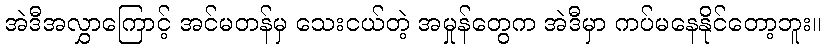
အဲဒီအလွှာကြောင့် အင်မတန်မှ သေးငယ်တဲ့ အမှုန်တွေက အဲဒီမှာ ကပ်မနေနိုင်တော့ဘူး။